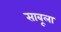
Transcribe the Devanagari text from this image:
साबूला